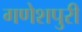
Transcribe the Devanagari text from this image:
गणेशपुरी